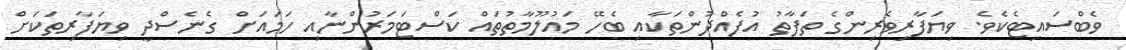
ވެބްސައިޓެކެވެ. ވިޔަފާރިވެރިންގެ ތަފާތު އުފެއްދުންތަކާއި ބެހޭ މައުލޫމާތުތައް ކަސްޓަމަރުންނާއި ހަމައަށް ގެނެސްދީ ވިޔަފާރިތަކަށް